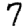
Digit: 7